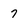
Character: 7